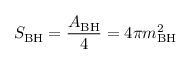
S _ { \mathrm { B H } } = { \frac { A _ { \mathrm { B H } } } { 4 } } = 4 \pi m _ { \mathrm { B H } } ^ { 2 }